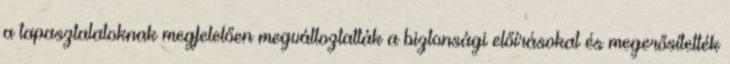
a tapasztalatoknak megfelelően megváltoztatták a biztonsági előírásokat és megerősítették